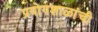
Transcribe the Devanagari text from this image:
प्रयोगशाळांची